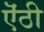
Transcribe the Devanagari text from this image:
ऎंठी